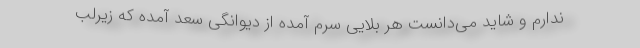
ندارم و شاید می‌دانست هر بلایی سرم آمده از دیوانگی سعد آمده که زیرلب